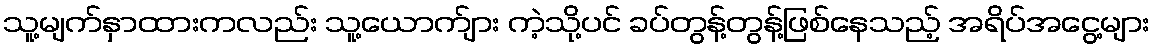
သူ့မျက်နှာထားကလည်း သူ့ယောက်ျား ကဲ့သို့ပင် ခပ်တွန့်တွန့်ဖြစ်နေသည့် အရိပ်အငွေ့များ